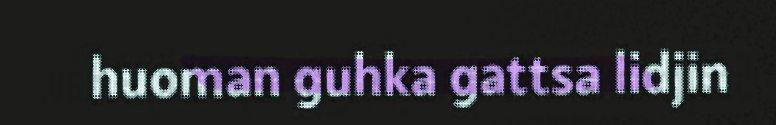
huoman guhka gattsa lidjin